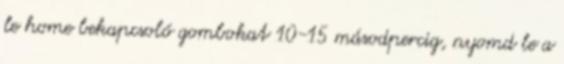
le home bekapcsoló gombokat 10-15 másodpercig, nyomd le a